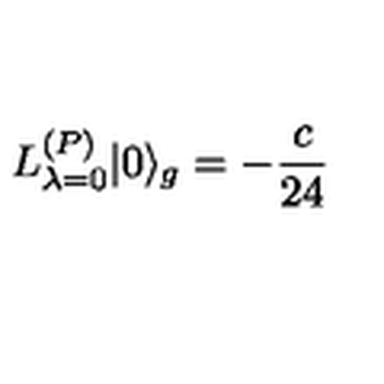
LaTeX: L _ { \lambda = 0 } ^ { ( P ) } | 0 \rangle _ { g } = - \frac { c } { 2 4 }